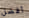
أفضل